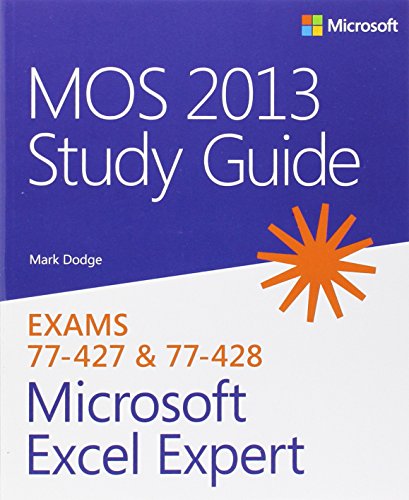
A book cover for MOS 2013 Study Guide for Microsoft Excel Expert (MOS Study Guide); Mark Dodge; Computers & Technology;